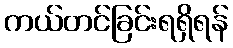
ကယ်တင်ခြင်းရရှိရန်